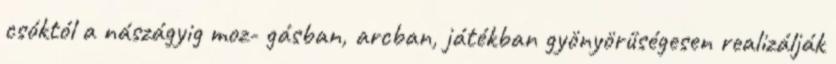
csóktól a nászágyig moz- gásban, arcban, játékban gyönyörűségesen realizálják